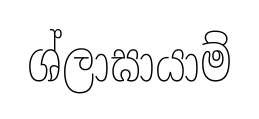
ශ්ලාඝායාම්